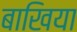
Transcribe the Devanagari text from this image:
बाखिया